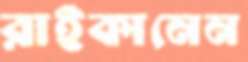
রাইকানেন